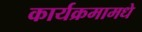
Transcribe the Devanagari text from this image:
कार्यक्रमामधे